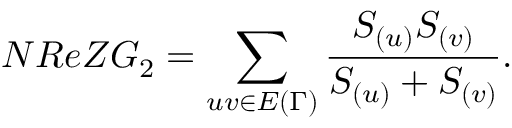
N R e Z G _ { 2 } = \sum _ { u v \in E { ( \Gamma ) } } \frac { S _ { ( u ) } S _ { ( v ) } } { S _ { ( u ) } + S _ { ( v ) } } .